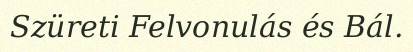
Szüreti Felvonulás és Bál.